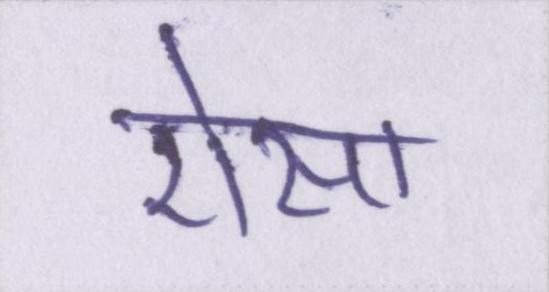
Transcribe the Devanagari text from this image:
ऐसा